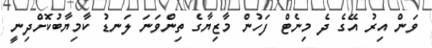
ވަން އިރު އޭގެ ދެ މިނެޓް ފަހުން މާޒިޔާގެ ތިންވަނަ ލަނޑު ކާމިޔާބުކޮށްދިނީ